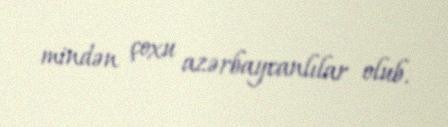
mindən çoxu azərbaycanlılar olub.